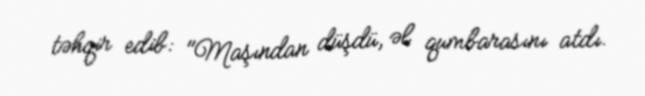
təhqir edib: "Maşından düşdü, əl qumbarasını atdı.